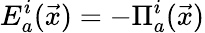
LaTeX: E_{a}^{i}(\vec{x})=-\Pi_{a}^{i}(\vec{x})